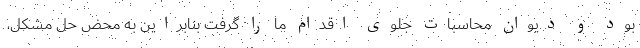
بود و دیوان محاسبات جلوی اقدام ما را گرفت بنابراین به محض حل مشکل،